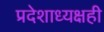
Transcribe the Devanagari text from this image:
प्रदेशाध्यक्षही